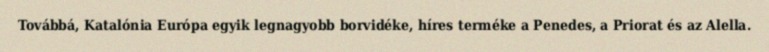
Továbbá, Katalónia Európa egyik legnagyobb borvidéke, híres terméke a Penedes, a Priorat és az Alella.